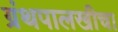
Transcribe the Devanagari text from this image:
ग्रंथपालखीचा